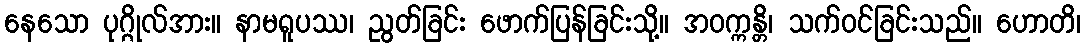
နေသော ပုဂ္ဂိုလ်အား။ နာမရူပဿ၊ ညွတ်ခြင်း ဖောက်ပြန်ခြင်းသို့။ အဝက္ကန္တိ၊ သက်ဝင်ခြင်းသည်။ ဟောတိ၊